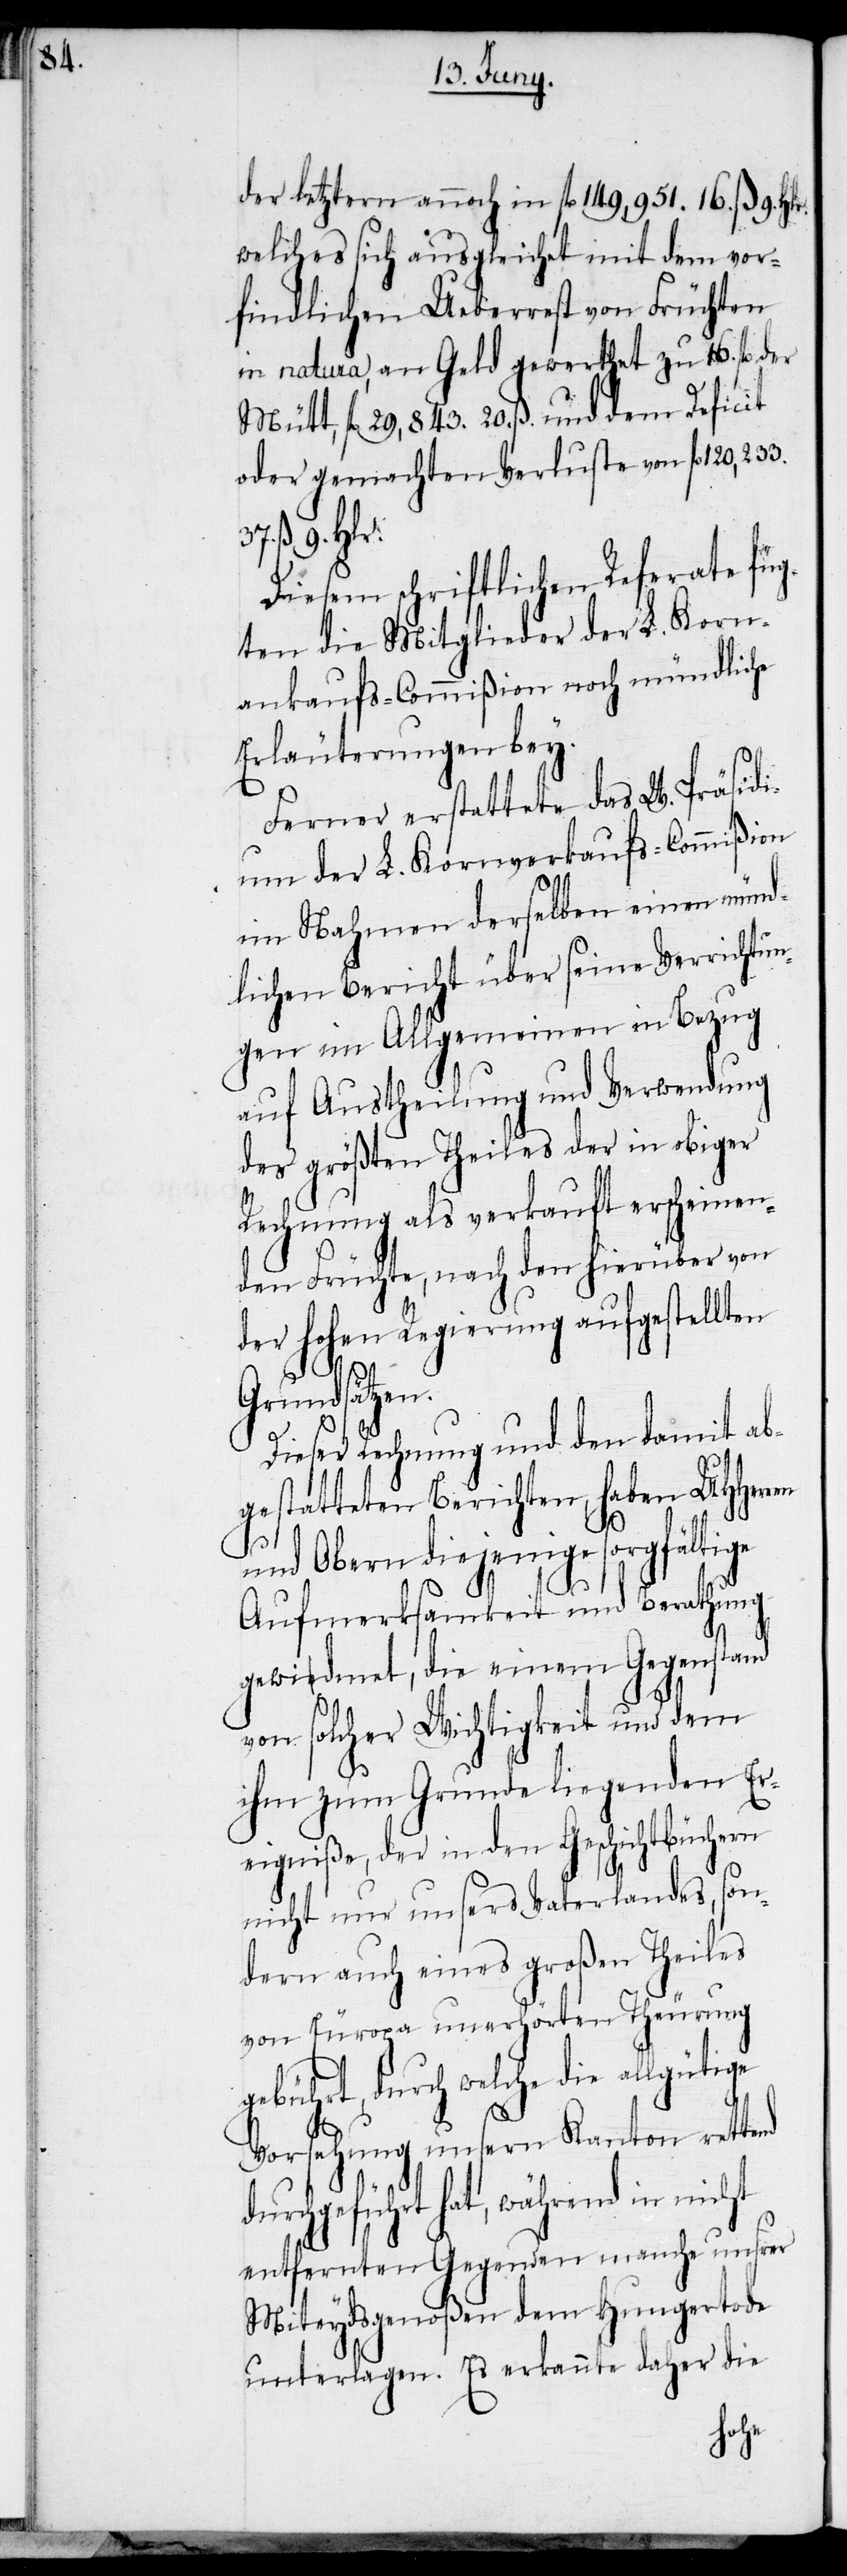
der letztern annoch in fl 149,951. 16. ß. 9. Hlr.
welches sich ausgleichet mit dem vor¬
findlichen Ueberrest von Früchten
in natura, an Geld gewerthet zu 16. fl der
Mütt, fl 29,843. 20. ß. und dem Deficit
oder gemachten Verluste von fl 120,233.
ß. 9. Hlr.
Diesem schriftlichen Referate füg¬
ten die Mitglieder der L. Korn¬
ankaufs-Commißion noch mündliche
Erläuterungen bey.
Ferner erstattete das W. Präsidi¬
um der L. Kornverkaufs-Commißion
im Nahmen derselben einen münd¬
lichen Bericht über seine Verrichtun¬
gen im Allgemeinen in Bezug
auf Austheilung und Verwendung
des größten Theiles der in obiger
Rechnung als verkauft erscheinen¬
den Früchte, nach den hierüber von
der hohen Regierung aufgestellten
Grundsätzen.
Dieser Rechnung und den damit ab¬
gestatteten Berichten, haben UHHerr¬
en
und Obern diejenige sorgfältige
Aufmerksamkeit und Berathung
gewidmet, die einem Gegenstand
37.
von solcher Wichtigkeit und dem
ihm zum Grunde liegenden Er¬
eigniße, der in den Geschichtbüchern
nicht nur unsers Vaterlandes, son¬
dern auch eines großen Theiles
von Europa unerhörten Theurung
gebührt, durch welche die allgütige
Vorsehung unsern Kanton rettend
durchgeführt hat, während in nicht
entfernten Gegenden manche unsrer
Miteydsgenoßen dem Hungertode
unterlagen. Es erkannte daher die